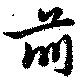
前